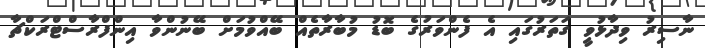
ނާސިރު ވިދާޅުވީ ގަތަރުގައި އެ ފެންވަރުގެ ބޮޑު މުބާރާތެއް ބޭއްވުމަށް ބޭނުންވާ އިންފްރާސްޓްރަކްޗާ